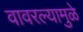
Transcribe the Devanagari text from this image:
वावरल्यामुळे